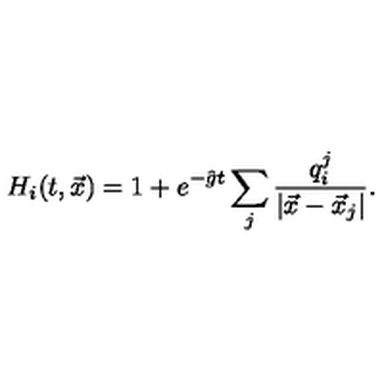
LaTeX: H _ { i } ( t , \vec { x } ) = 1 + e ^ { - \hat { g } t } \sum _ { j } { \frac { q _ { i } ^ { j } } { | \vec { x } - \vec { x } _ { j } | } } .